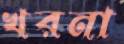
খরনা